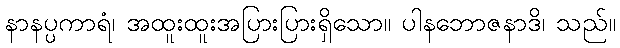
နာနပ္ပကာရံ၊ အထူးထူးအပြားပြားရှိသော။ ပါနဘောဇနာဒိ၊ သည်။